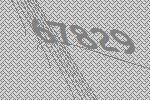
67829